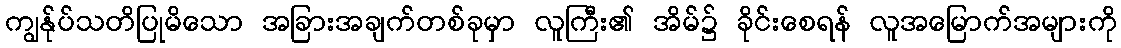
ကျွန်ုပ်သတိပြုမိသော အခြားအချက်တစ်ခုမှာ လူကြီး၏ အိမ်၌ ခိုင်းစေရန် လူအမြောက်အများကို